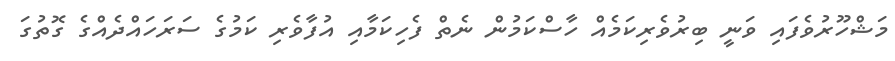
މަޝްހޫރުވެފައި ވަނީ ބިރުވެރިކަމެއް ހާސްކަމުން ނެތް ފެހިކަމާއި އުފާވެރި ކަމުގެ ސަރަހައްދެއްގެ ގޮތުގަ